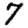
Digit: 7